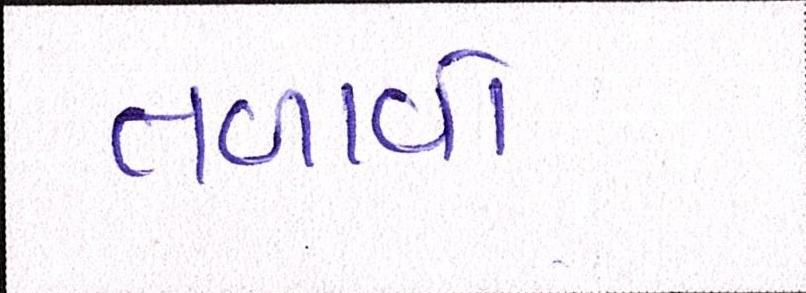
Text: તળાવો